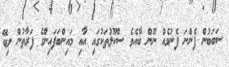
ސަބަބުން ފެންނަ ފެނުމެއް ނޫން ބާއެވެ ސްކޫލުތަކުގައި އާއި މައިންބަފައިންގެ ފަރާތުން ލިބޭ